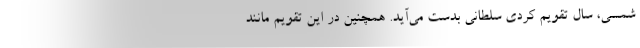
شمسی، سال تقویم کردی سلطانی بدست می‌آید. همچنین در این تقویم مانند